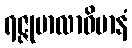
ရဇ္ဇုမာလာဝိမာနံ